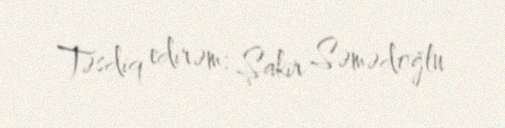
Təsdiq edirəm: Şakir Səmədoğlu